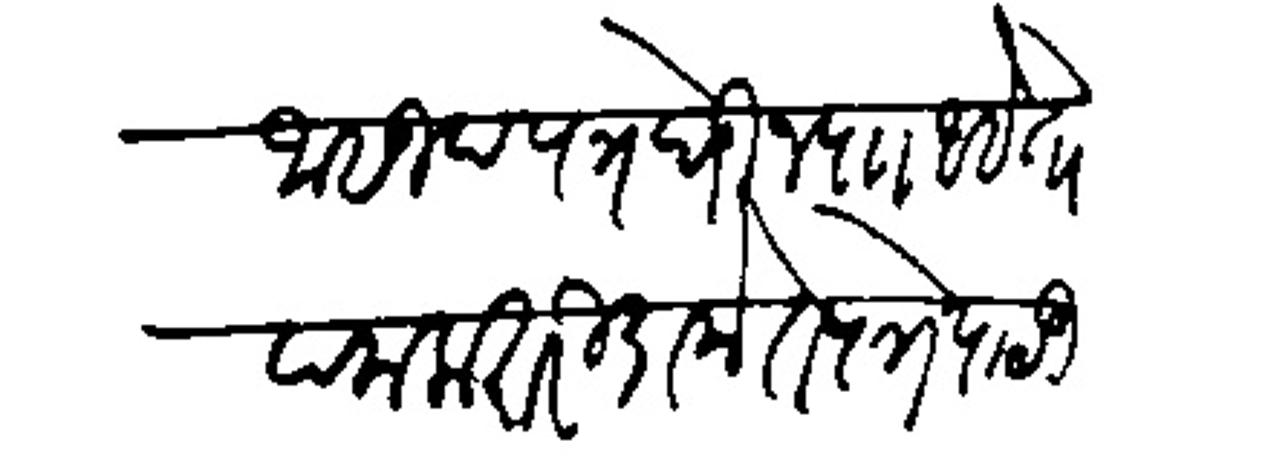
Transliteration (Devanagari): जासूद पत्र घेऊन पाा आहे तो पलाला तरी डाकेत पत्रे पाठऊन